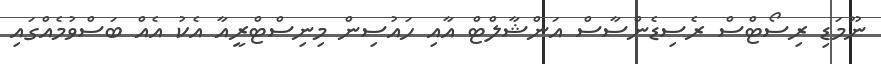
ނޫމަޑި ރިސޯޓްސް ރެސިޑެންސާސް އަންޝާލްޓް އާއި ހައުސިން މިނިސްޓްރީއާ އެކު އެއް ބަސްވުމެއްގައި